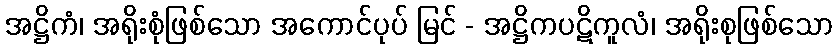
အဋ္ဌိကံ၊ အရိုးစုံဖြစ်သော အကောင်ပုပ် မြင် - အဋ္ဌိကပဋိကူလံ၊ အရိုးစုဖြစ်သော